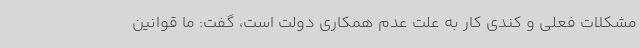
مشکلات فعلی و کندی کار به علت عدم همکاری دولت است، گفت: ما قوانین